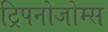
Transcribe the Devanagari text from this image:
ट्रिपनोजोम्स